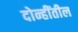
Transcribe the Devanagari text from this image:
दोन्हींतील